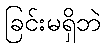
ခြင်းမရှိဘဲ